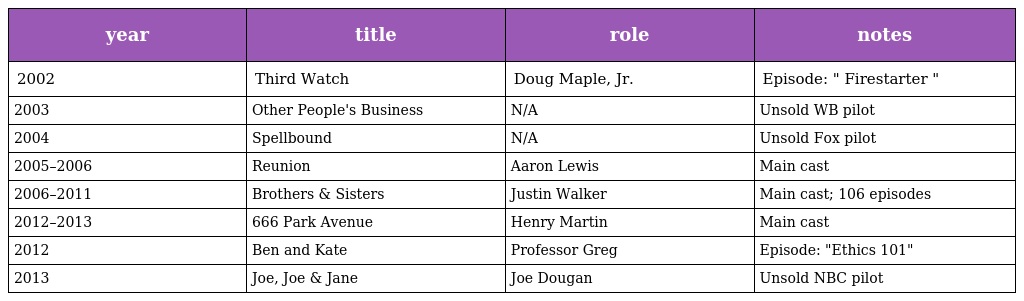
| year | title | role | notes |
 | --- | --- | --- | --- |
 | 2002 | Third Watch | Doug Maple, Jr. | Episode: " Firestarter " |
 | 2003 | Other People's Business | N/A | Unsold WB pilot |
 | 2004 | Spellbound | N/A | Unsold Fox pilot |
 | 2005–2006 | Reunion | Aaron Lewis | Main cast |
 | 2006–2011 | Brothers & Sisters | Justin Walker | Main cast; 106 episodes |
 | 2012–2013 | 666 Park Avenue | Henry Martin | Main cast |
 | 2012 | Ben and Kate | Professor Greg | Episode: "Ethics 101" |
 | 2013 | Joe, Joe & Jane | Joe Dougan | Unsold NBC pilot |